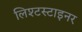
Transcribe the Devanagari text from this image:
लिश्टस्टाइनर